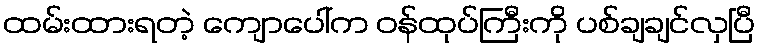
ထမ်းထားရတဲ့ ကျောပေါ်က ဝန်ထုပ်ကြီးကို ပစ်ချချင်လှပြီ